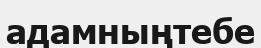
адамныңтебе